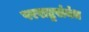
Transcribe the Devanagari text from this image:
परराष्ट्रसंबंध